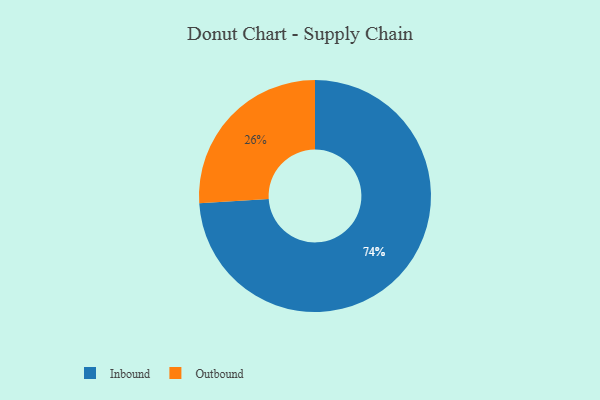
{"axis": {"x": "Category", "y": "Percentage"}, "legend": ["Inbound", "Outbound"], "data": [{"x": "Outbound", "y": 26, "type": "Outbound"}, {"x": "Inbound", "y": 74, "type": "Inbound"}]}